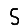
Digit: 5